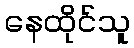
နေထိုင်သူ